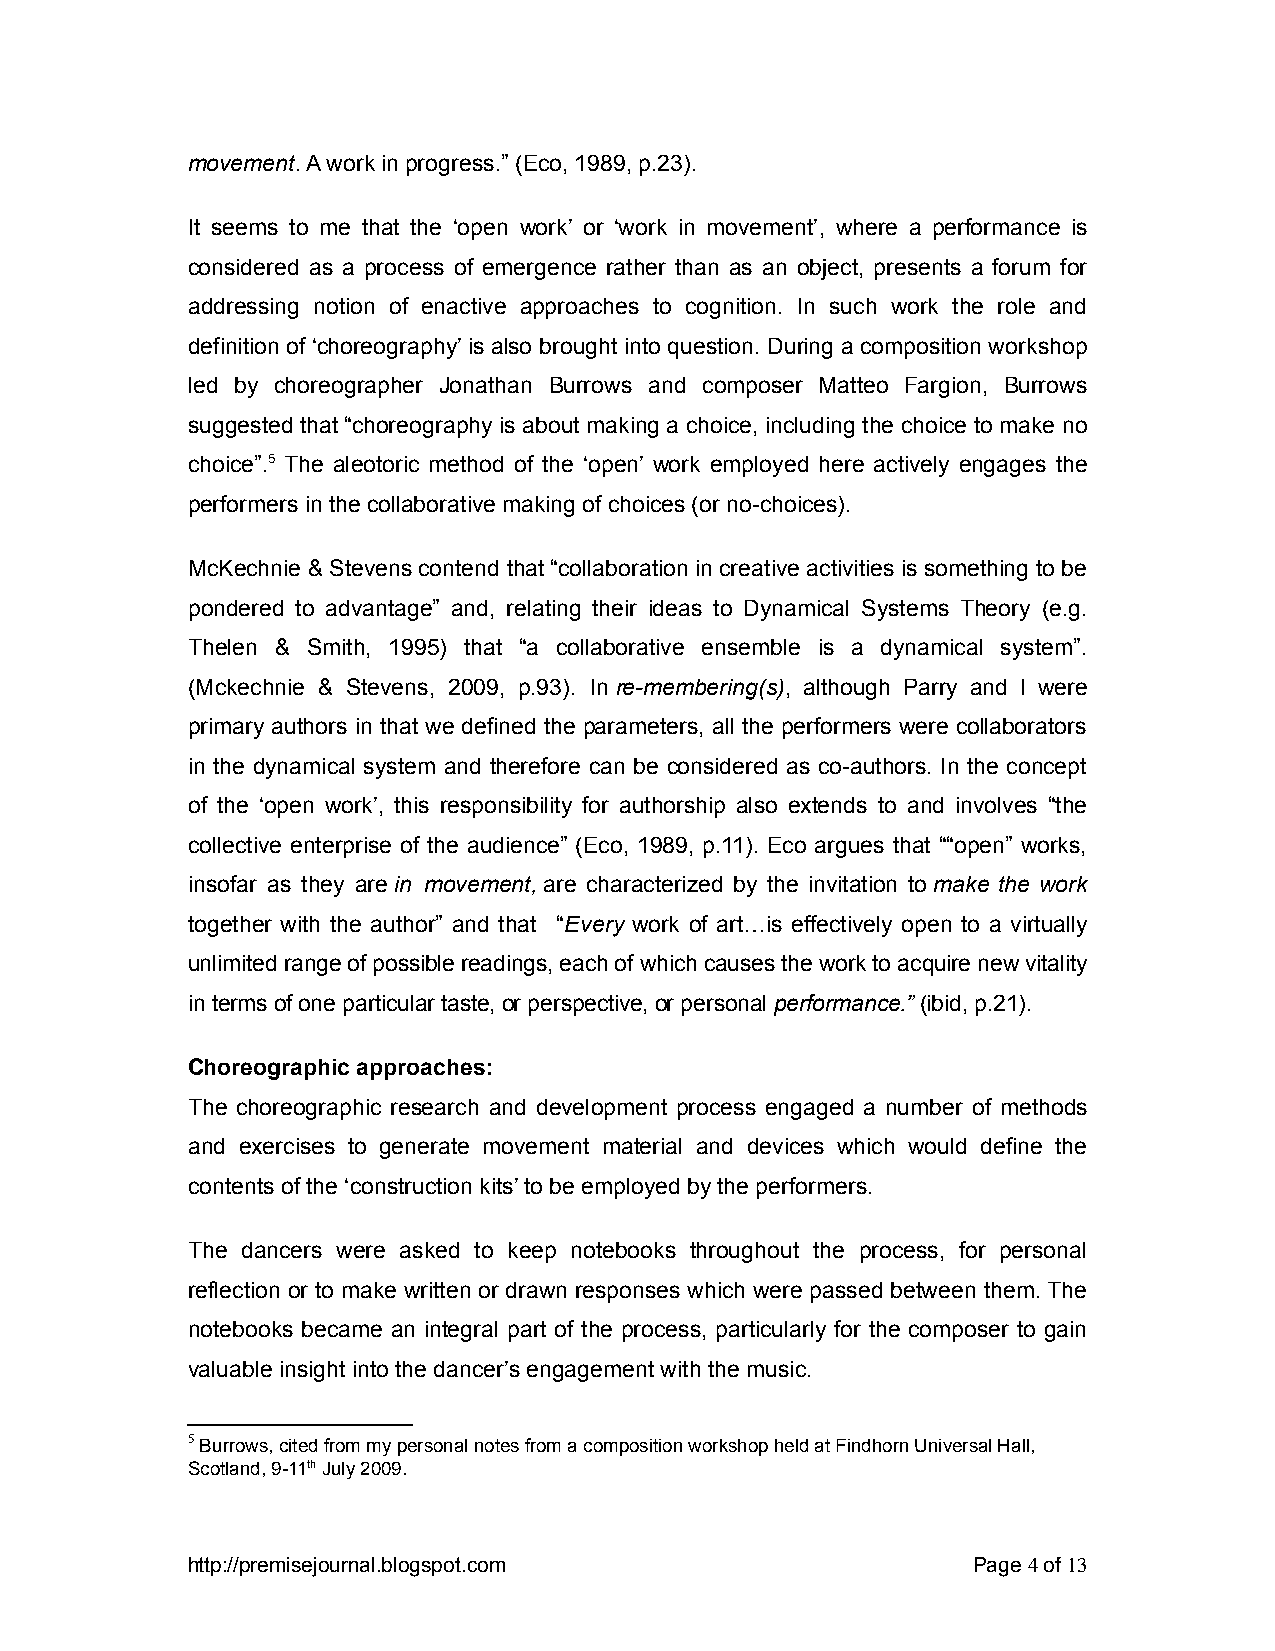
movement. A work in progress.” (Eco, 1989, p.23).
 It seems to me that the ‘open work’ or ‘work in movement’, where a performance is
 considered as a process of emergence rather than as an object, presents a forum for
 addressing notion of enactive approaches to cognition. In such work the role and
 definition of ‘choreography’ is also brought into question. During a composition workshop
 led by choreographer Jonathan Burrows and composer Matteo Fargion, Burrows
 suggested that “choreography is about making a choice, including the choice to make no
 choice”.5 The aleotoric method of the ‘open’ work employed here actively engages the
 performers in the collaborative making of choices (or no-choices).
 McKechnie & Stevens contend that “collaboration in creative activities is something to be
 pondered to advantage” and, relating their ideas to Dynamical Systems Theory (e.g.
 Thelen & Smith, 1995) that “a collaborative ensemble is a dynamical system”.
 (Mckechnie & Stevens, 2009, p.93). In re-membering(s), although Parry and I were
 primary authors in that we defined the parameters, all the performers were collaborators
 in the dynamical system and therefore can be considered as co-authors. In the concept
 of the ‘open work’, this responsibility for authorship also extends to and involves “the
 collective enterprise of the audience” (Eco, 1989, p.11). Eco argues that ““open” works,
 insofar as they are in movement , are characterized by the invitation to make the work
 together with the author” and that “Every work of art…is effectively open to a virtually
 unlimited range of possible readings, each of which causes the work to acquire new vitality
 in terms of one particular taste, or perspective, or persona l performance.” (ibid, p.21).
 Choreographic approaches:
 The choreographic research and development process engaged a number of methods
 and exercises to generate movement material and devices which would define the
 contents of the ‘construction kits’ to be employed by the performers.
 The dancers were asked to keep notebooks throughout the process, for personal
 reflection or to make written or drawn responses which were passed between them. The
 notebooks became an integral part of the process, particularly for the composer to gain
 valuable insight into the dancer’s engagement with the music.
 5 Burrows, cited from my personal notes from a composition workshop held at Findhorn Universal Hall,
 Scotland, 9-11th July 2009.
 http://premisejournal.blogspot.com                  Page 4 of 13